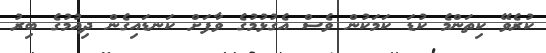
ކުރެވޭ ކިތަންމެ ކުޑަ ކަމަކުން ވެސް އެގުޅުމުގެ ވާފަށް ކަނޑައިގެން ދިއުމުގެ ބިރު